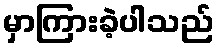
မှာကြားခဲ့ပါသည်